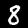
Digit: 8